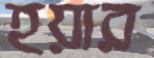
হয়ার